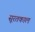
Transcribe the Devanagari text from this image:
सूरतकाल